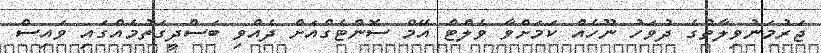
ޖަރުމަނުވިލާތުގެ ދުވަހު ނޫހެއް ކަމަށްވާ ވެލްޓް އޭމް ސޮންޓެގްއަށް ދެއްވި ބަސްދީގަތުމެއްގައި ވައިސް